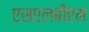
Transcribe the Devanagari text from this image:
एसएलबीएम